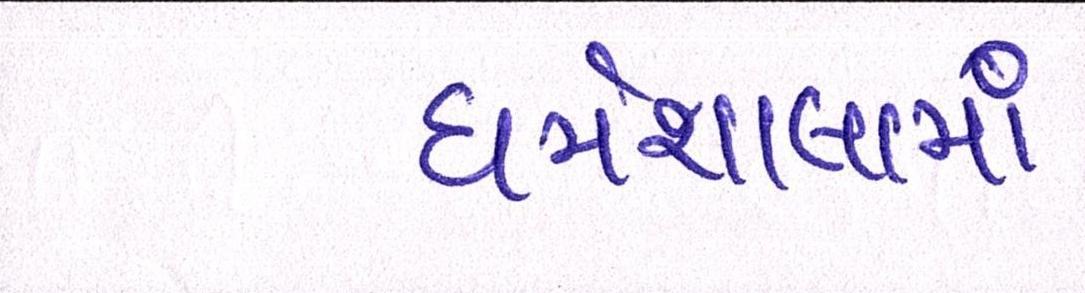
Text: ધર્મશાલામાં